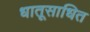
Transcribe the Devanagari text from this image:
धातूसाधित